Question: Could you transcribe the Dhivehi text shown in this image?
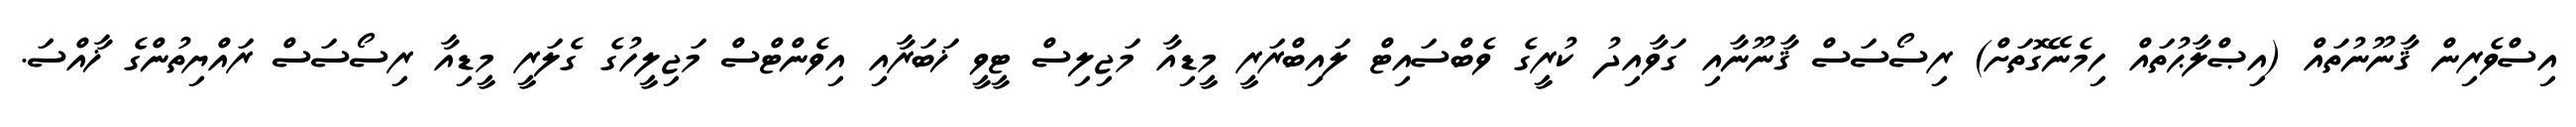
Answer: އިސްވެރިން ޤާނޫނުތައް (އިޞްލާޙުތައް ހިމެނޭގޮތަށް) ރިސޯސަސް ޤާނޫނާއި ގަވާއިދު ކުރީގެ ވެބްސައިޓް ލައިބްރަރީ މީޑިއާ މަޖިލިސް ޓީވީ ޚަބަރާއި އިވެންޓްސް މަޖިލީހުގެ ގެލަރީ މީޑިއާ ރިސޯސަސް ރައްޔިތުންގެ ޚާއްސަ.